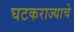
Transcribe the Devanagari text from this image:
घटकराज्याचे